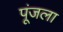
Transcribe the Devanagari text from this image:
पूंजला